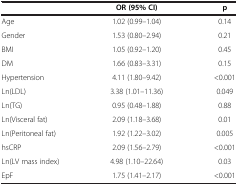
<table><thead><tr><td><b> </b></td><td><b>OR (95% CI)</b></td><td><b>p</b></td></tr></thead><tbody><tr><td>Age</td><td>1.02 (0.99–1.04)</td><td>0.14</td></tr><tr><td>Gender</td><td>1.53 (0.80–2.94)</td><td>0.21</td></tr><tr><td>BMI</td><td>1.05 (0.92–1.20)</td><td>0.45</td></tr><tr><td>DM</td><td>1.66 (0.83–3.31)</td><td>0.15</td></tr><tr><td>Hypertension</td><td>4.11 (1.80–9.42)</td><td>&lt;0.001</td></tr><tr><td>Ln(LDL)</td><td>3.38 (1.01–11.36)</td><td>0.049</td></tr><tr><td>Ln(TG)</td><td>0.95 (0.48–1.88)</td><td>0.88</td></tr><tr><td>Ln(Visceral fat)</td><td>2.09 (1.18–3.68)</td><td>0.01</td></tr><tr><td>Ln(Peritoneal fat)</td><td>1.92 (1.22–3.02)</td><td>0.005</td></tr><tr><td>hsCRP</td><td>2.09 (1.56–2.79)</td><td>&lt;0.001</td></tr><tr><td>Ln(LV mass index)</td><td>4.98 (1.10–22.64)</td><td>0.03</td></tr><tr><td>EpF</td><td>1.75 (1.41–2.17)</td><td>&lt;0.001</td></tr></tbody></table>